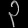
Digit: ၃